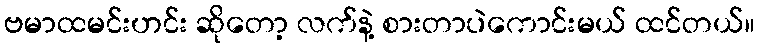
ဗမာထမင်းဟင်း ဆိုတော့ လက်နဲ့ စားတာပဲကောင်းမယ် ထင်တယ်။